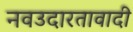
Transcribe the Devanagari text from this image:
नवउदारतावादी